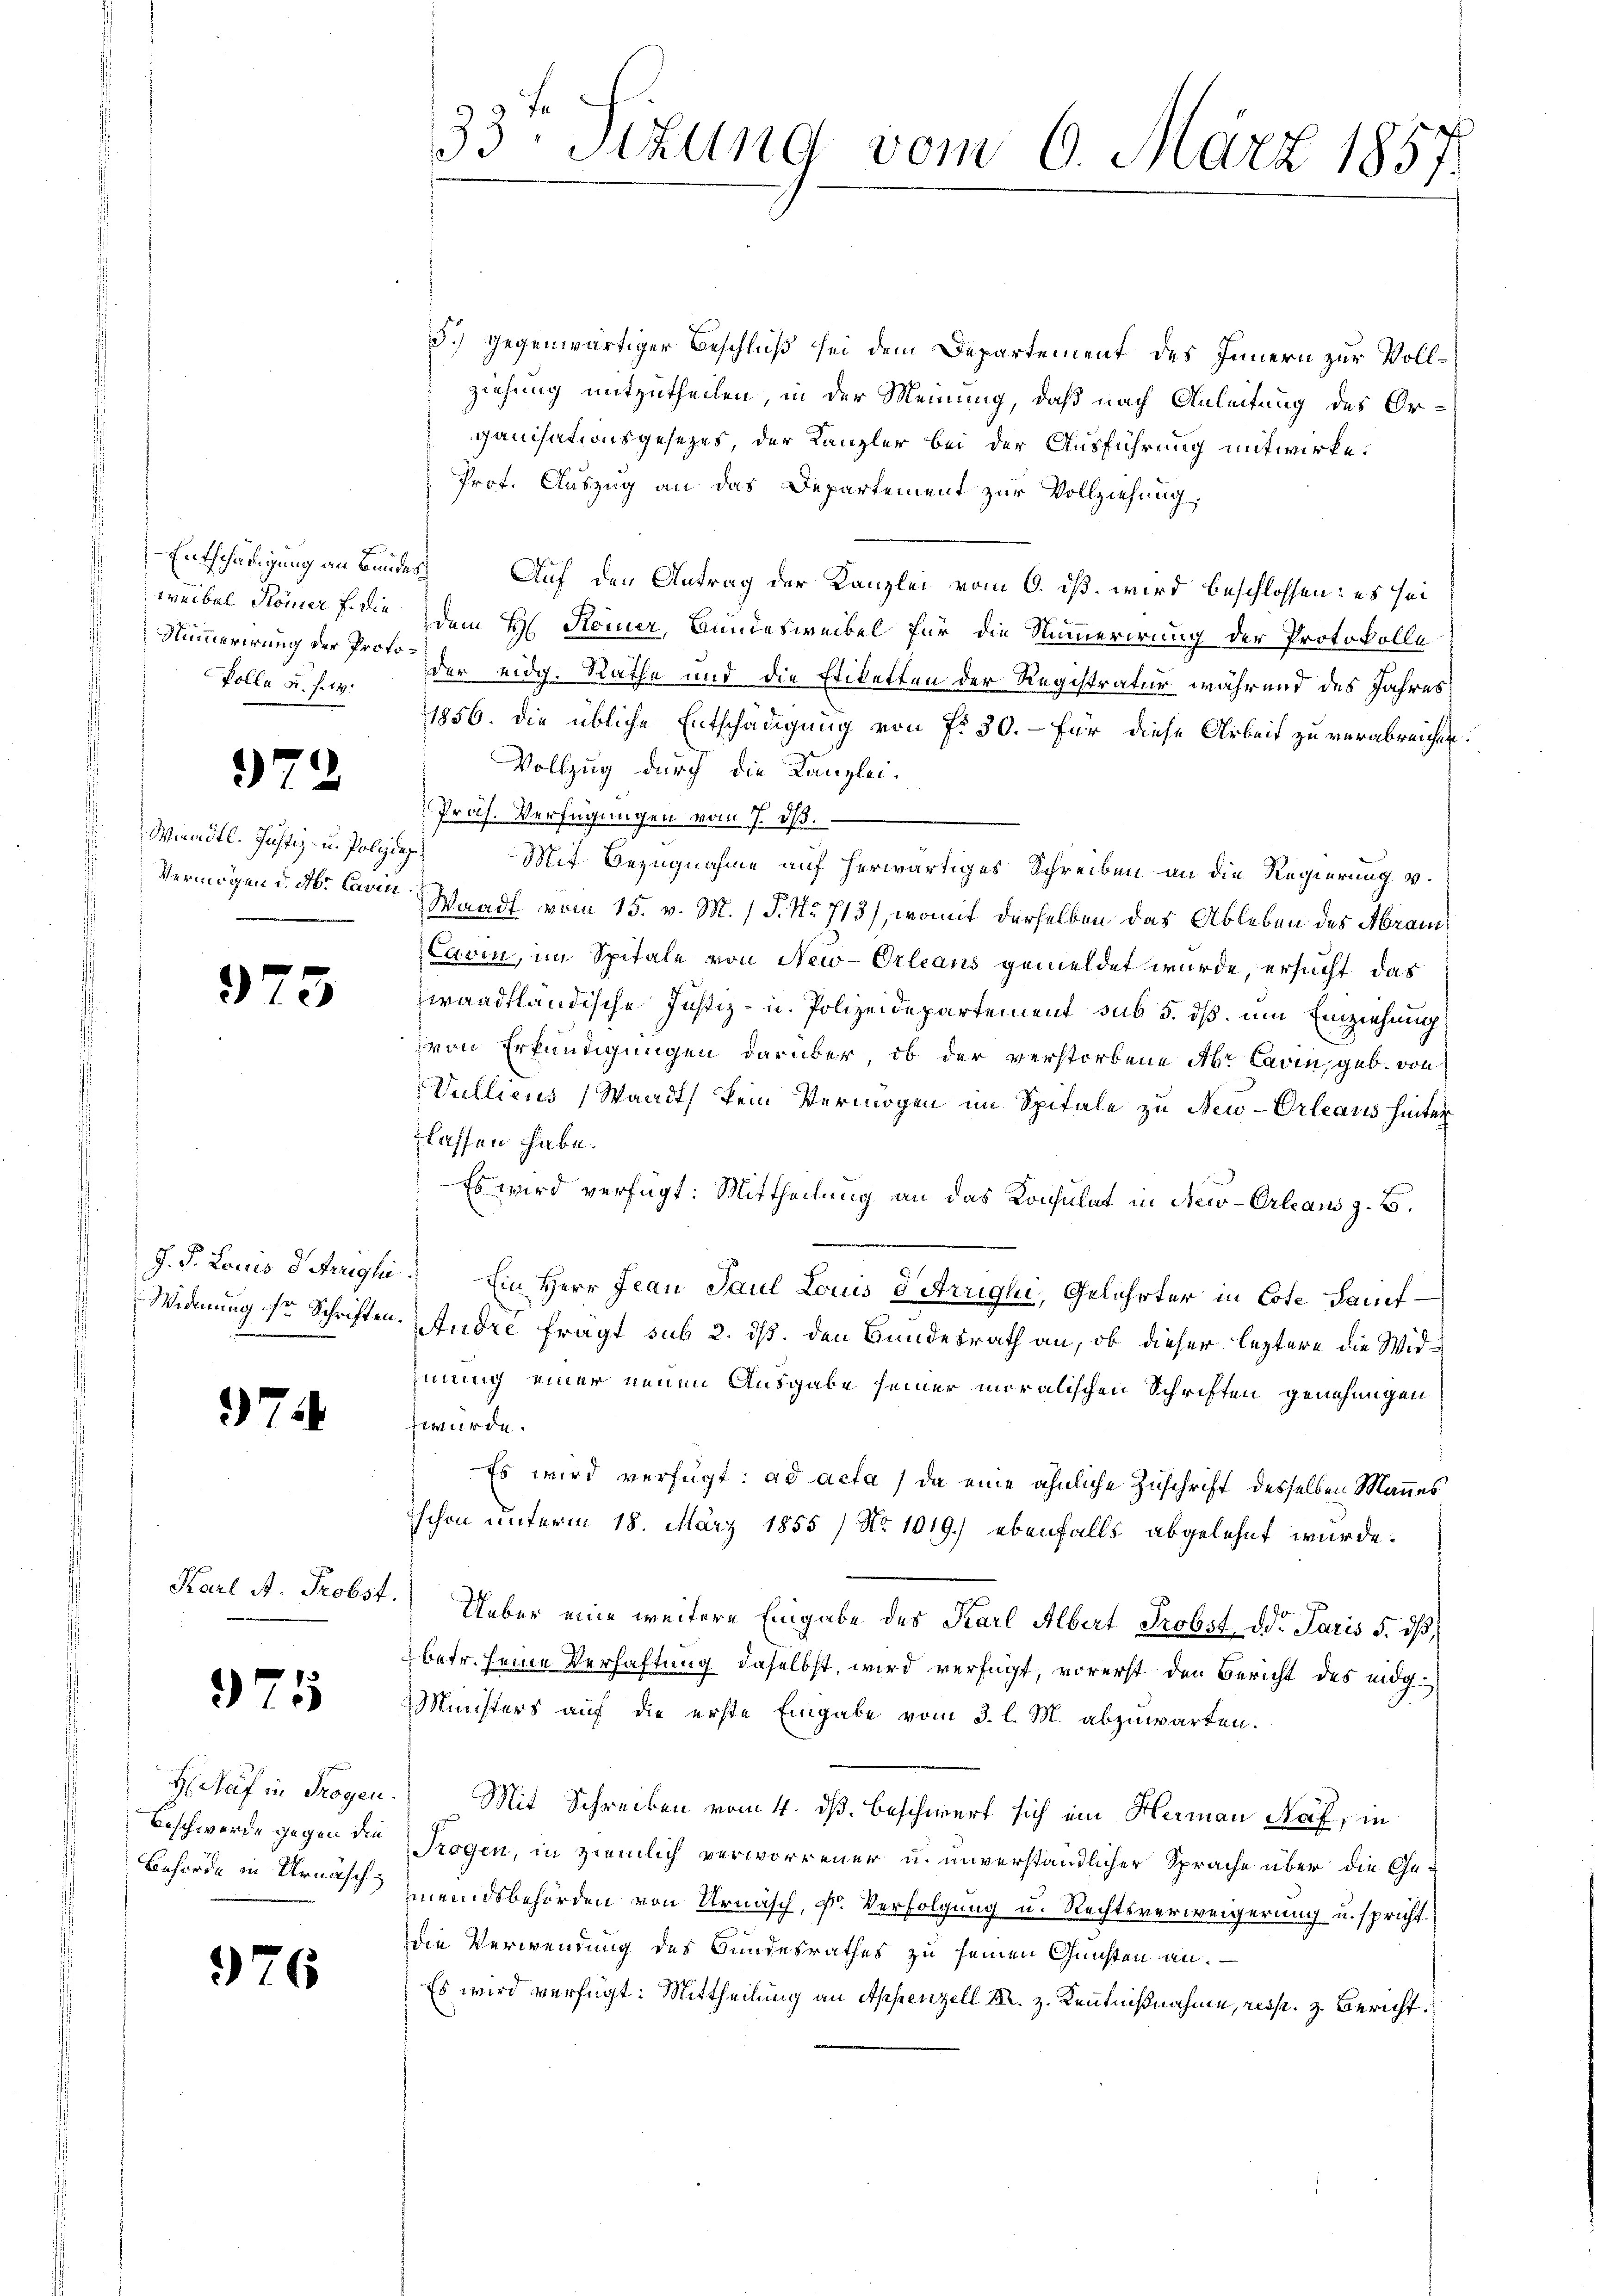
-Entschädigung an Bundes
Nimmerirung der Proto¬
Volle v. J. 17.

979

Wiradtl. Justiz- u. Polizdep

973

74

Karl A. Probst.

975

H Auf in Trogen
Beschwerde gegen die
Behörde in Urnasch

376

5.) Gegenwärtiger Beschluß sei dem Departement des Innern zur Vollziehung mitzutheilen, in der Meinung, daß nach Anleitung des Organisationsgesezes, der Kanzler bei der Ausführung mitwirke.
Prot. Auszug an das Departement zur Vollziehung,
Auf den Antrag der Kanzlei vom 6. dß wird beschlossen: es sei
weibel Homer f die dem H. Komer, Bundesweibel für die Nummerirung der Protokolle
der eidg. Rathe und die Eriketten der Registratur während des Jahres
1856. Die übliche Entschädigung von fr. 30. - Für diese Arbeit zu verabreichen.
Vollzug durch die Kanzlei.
Prof. Verfügungen vom 7. d.
Mit Bezugnahme auf herwärtiges Schreiben an die Regierung v.
Vermögen d. M. Carm. Waadt vom 15. v. M. / P. Nr. 713), womit derselben das Ableben des Abram¬
Cavin, im Spitale von New-Orleans gemeldet wurde, ersucht, das
waadtländische Justiz- u. Polizeidepartement sub 5. dß um Einziehung
von Erkundigungen darüber, ob der verstorbene Abr Cavin, geb. von
Vullieus (Waadt kein Vermögen im Spitale zu Neu-Orleaus hinter
flassen habe.
Es wird verfügt: Mittheilung an das Konsulat in New-Orleans z. B.
J. J. Louis dirighi: Ein Herr Jean Paul Louis d Arrighi, Gelehrter in Cote Lauf¬
Widerung so Schriften. Andre fragt sub 2. dß. den Bundesrath an, ob dieser leztere die Widmnung einer neuen Ausgabe seiner moralischen Schriften genehmigen
zwurde.
Es wird verfügt: ad acta, da eine ähnliche Zuschrift desselben Mannes
schon unterm 18. März 1855/ No 1019.) ebenfalls abgelehnt wurde.
Ueber eine weitere Eingabe des Karl Albert Probst der Paris 5. dβ
2 betr. seine Verhaftung daselbst, wird verfügt, vorerst den Bericht des eidg¬
Ministers auf die erste Eingabe vom 3. l. M. abzuwarten.
 Mit Schreiben vom 4. dß. Beschwert sich ein Hermann Näf, in
Trogen, in ziemlich verworrener u. unverständlicher Sprache über die Gemeindsbehörden von Urnasch, Dr. Verfolgung u. Rechtsverweigerung u. spricht
die Verwendung des Bundesrathes zu seinen Gunsten an.
Es wird verfügt: Mittheilung an Appenzell M. z. Kenntnißnahme, resp. z. Bericht.

33te Sizung vom 6. März 1857.